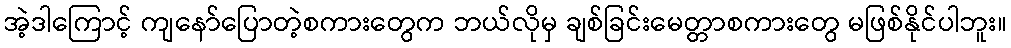
အဲ့ဒါကြောင့် ကျနော်ပြောတဲ့စကားတွေက ဘယ်လိုမှ ချစ်ခြင်းမေတ္တာစကားတွေ မဖြစ်နိုင်ပါဘူး။